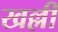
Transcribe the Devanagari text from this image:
खल्ली